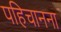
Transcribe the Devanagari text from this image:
पहिचानना